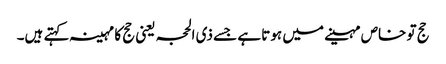
حج تو خاص مہینے میں ہوتا ہے جسے ذی الحجہ یعنی حج کا مہینہ کہتے ہیں۔